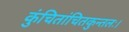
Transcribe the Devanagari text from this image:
कुंचितांचितकुन्तलः।